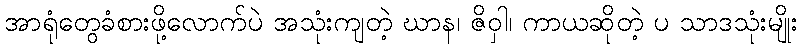
အာရုံတွေခံစားဖို့လောက်ပဲ အသုံးကျတဲ့ ဃာန၊ ဇိဝှါ၊ ကာယဆိုတဲ့ ပ သာဒသုံးမျိုး